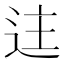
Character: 迬